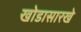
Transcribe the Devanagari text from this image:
खोडासारखे